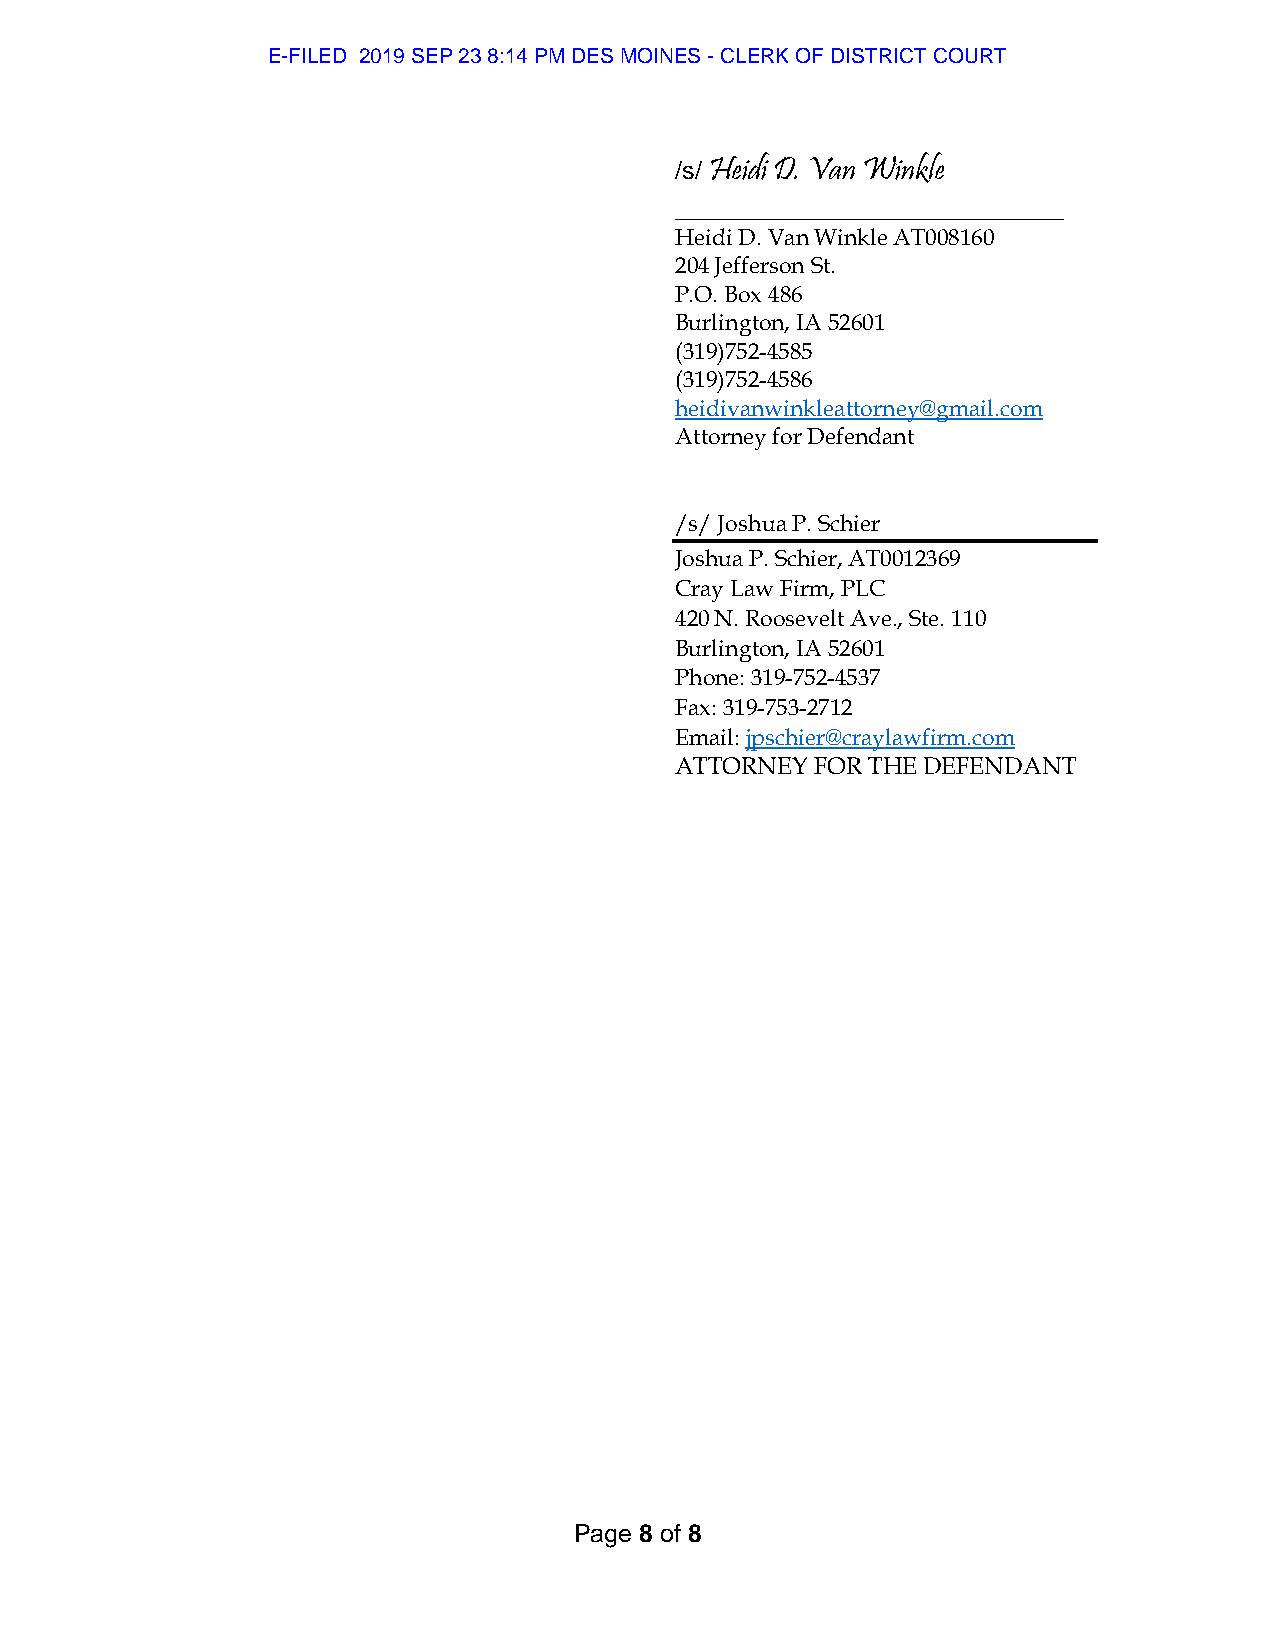
E-FILED 2019 SEP 23 8:14 PM DES MOINES - CLERK OF DISTRICT COURT
 /s/ Heidi D. Van Winkle
 ____________________________
 Heidi D. Van Winkle AT008160
 204 Jefferson St.
 P.O. Box 486
 Burlington, IA 52601
 (319)752-4585
 (319)752-4586
 heidivanwinkleattorney@gmail.com
 Attorney for Defendant
 /s/ Joshua P. Schier
 Joshua P. Schier, AT0012369
 Cray Law Firm, PLC
 420 N. Roosevelt Ave., Ste. 110
 Burlington, IA 52601
 Phone: 319-752-4537
 Fax: 319-753-2712
 Email: jpschier@craylawfirm.com
 ATTORNEY FOR THE DEFENDANT
 Page 8 of 8